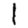
Digit: 1